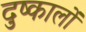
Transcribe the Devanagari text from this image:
दुष्कालों